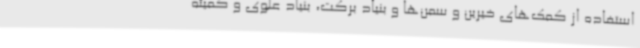
استفاده از کمک‌های خیرین و سمن‌ها و بنیاد برکت، بنیاد علوی و کمیته